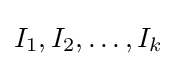
I_{1},I_{2},\dots ,I_{k}